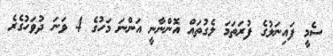
ސެމީ ފަައިނަލުގެ ފުރަތަމަ ލެގުތައް އޮންނާނީ އަންނަ މަހުގެ 4 ވަނަ ދުވަހުގެރެ